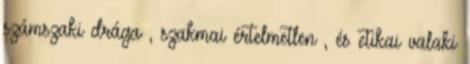
számszaki drága , szakmai értelmetlen , és etikai valaki